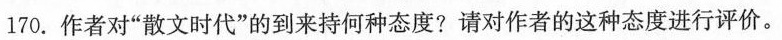
170.作者对”散文时代”的到来持何种态度?请对作者的这种态度进行评价。